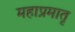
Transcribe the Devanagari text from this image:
महाप्रमातृ